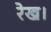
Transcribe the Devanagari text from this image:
रेख।